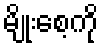
မျိုးစေ့ကို